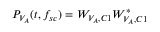
P _ { V _ { A } } ( t , f _ { s c } ) = W _ { V _ { A } , C 1 } W _ { V _ { A } , C 1 } ^ { * }